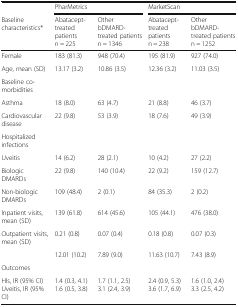
<table><thead><tr><td></td><td colspan="2"><b>PharMetrics</b></td><td colspan="2"><b>MarketScan</b></td></tr><tr><td><b>Baseline characteristics*</b></td><td><b>Abatacept-treated patientsn = 225</b></td><td><b>Other bDMARD-treated patientsn = 1346</b></td><td><b>Abatacept-treated patientsn = 238</b></td><td><b>Other bDMARD-treated patientsn = 1252</b></td></tr></thead><tbody><tr><td>Female</td><td>183 (81.3)</td><td>948 (70.4)</td><td>195 (81.9)</td><td>927 (74.0)</td></tr><tr><td>Age, mean (SD)</td><td>13.17 (3.2)</td><td>10.86 (3.5)</td><td>12.36 (3.2)</td><td>11.03 (3.5)</td></tr><tr><td>Baseline co-morbidities</td><td></td><td></td><td></td><td></td></tr><tr><td>Asthma</td><td>18 (8.0)</td><td>63 (4.7)</td><td>21 (8.8)</td><td>46 (3.7)</td></tr><tr><td>Cardiovascular disease</td><td>22 (9.8)</td><td>53 (3.9)</td><td>18 (7.6)</td><td>49 (3.9)</td></tr><tr><td>Hospitalized infections</td><td></td><td></td><td></td><td></td></tr><tr><td>Uveitis</td><td>14 (6.2)</td><td>28 (2.1)</td><td>10 (4.2)</td><td>27 (2.2)</td></tr><tr><td>Biologic DMARDs</td><td>22 (9.8)</td><td>140 (10.4)</td><td>22 (9.2)</td><td>159 (12.7)</td></tr><tr><td>Non-biologic DMARDs</td><td>109 (48.4)</td><td>2 (0.1)</td><td>84 (35.3)</td><td>2 (0.2)</td></tr><tr><td>Inpatient visits, mean (SD)</td><td>139 (61.8)</td><td>614 (45.6)</td><td>105 (44.1)</td><td>476 (38.0)</td></tr><tr><td>Outpatient visits, mean (SD)</td><td>0.21 (0.8)</td><td>0.07 (0.4)</td><td>0.18 (0.8)</td><td>0.07 (0.3)</td></tr><tr><td></td><td>12.01 (10.2)</td><td>7.89 (9.0)</td><td>11.63 (10.7)</td><td>7.43 (8.9)</td></tr><tr><td colspan="5">Outcomes</td></tr><tr><td>HIs, IR (95% CI)Uveitis, IR (95% CI)</td><td>1.4 (0.3, 4.1)1.6 (0.5, 3.8)</td><td>1.7 (1.1, 2.5)3.1 (2.4, 3.9)</td><td>2.4 (0.9, 5.3) 3.6 (1.7, 6.9)</td><td>1.6 (1.0, 2.4)3.3 (2.5, 4.2)</td></tr></tbody></table>